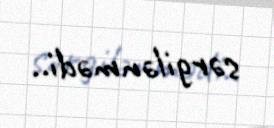
sərgilənmədi..